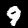
Label: 9